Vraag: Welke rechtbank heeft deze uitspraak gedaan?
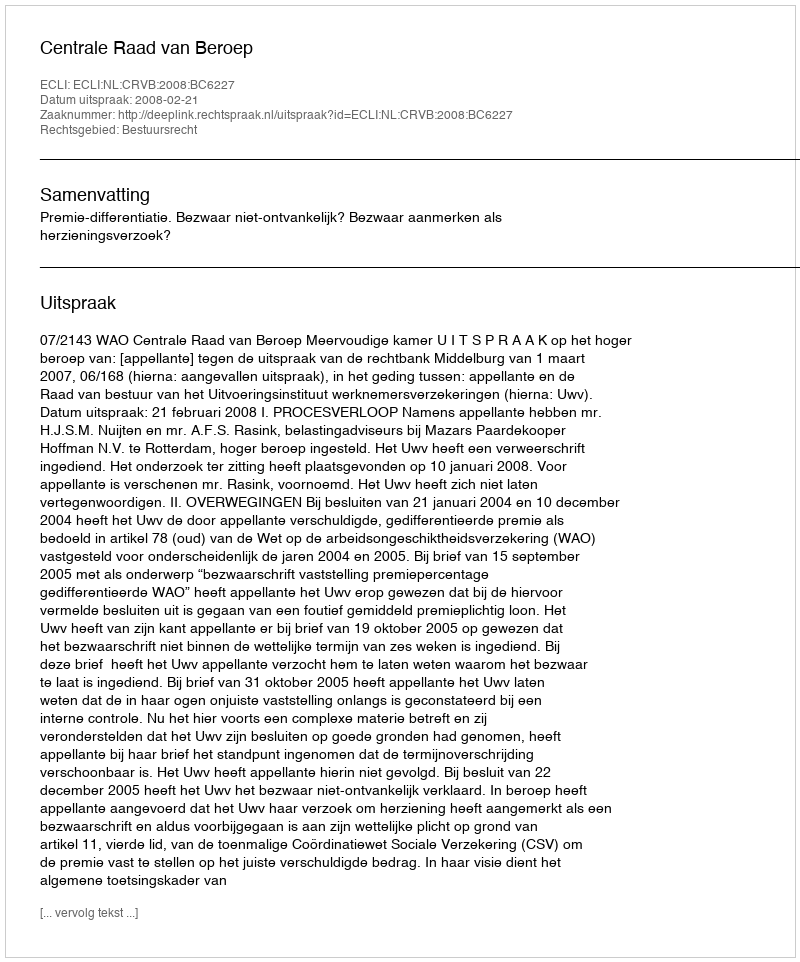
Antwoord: Centrale Raad van Beroep